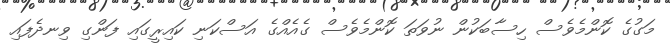
މަގުގެ ކޮންމެވެސް ހިސާބަކުން ނުވަތަ ކޮންމެވެސް ގެއެއްގެ އަސްކަނި ކައިރީގައި ފަންގި ވިނދެފައި